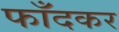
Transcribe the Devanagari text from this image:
फाँदकर